Report on horse surra - Volume II, Part II
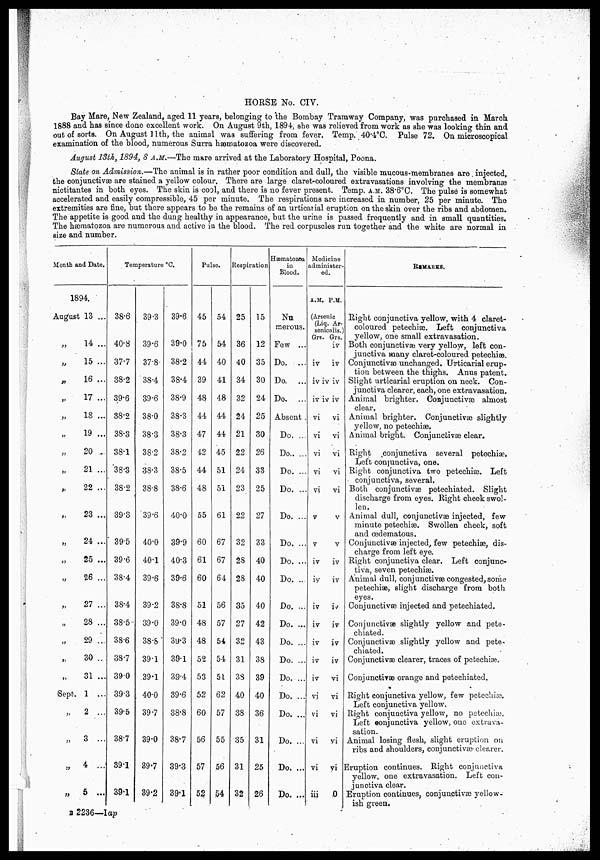
HORSE No. CIV.
Bay Mare, New Zealand, aged 11 years, belonging to the Bombay Tramway Company, was purchased in March
1888 and has since done excellent work. On August 9th, 1894, she was relieved from work as she was looking thin and
out of sorts. On August 11th, the animal was suffering from fever. Temp. 40.4°C. Pulse 72. On microscopical
examination of the blood, numerous Surra hæmatozoa were discovered.
August 13th, 1894, S A.M.—The mare arrived at the Laboratory Hospital, Poona.
State on Admission.—The animal is in rather poor condition and dull, the visible mucous-membranes are injected,
the conjunctivaæ are stained a yellow colour. There are large claret-coloured extravasations involving the membranæ
nictitantes in both eyes. The skin is cool, and there is no fever present. Temp. A.M. 38.6°C. The pulse is somewhat
accelerated and easily compressible, 45 per minute. The respirations are increased in number, 25 per minute. The
extremities are fine, but there appears to be the remains of an urticarial eruption on the skin over the ribs and abdomen.
The appetite is good and the dung healthy in appearance, but the urine is passed frequently and in small quantities.
The hæmatozoa are numerous and active in the blood. The red corpuscles run together and the white are normal in
size and number.
Month and Date.
1894.
August 13 ...
„
14 ...
„
15 ...
„
16 ...
„
17 ...
„
18 ...
19 ...
„
20 ...
„
21 ...
„ 22 ...
„
23 ...
„
24 ...
„
25 ...
26 ...
„
27 ...
„
28 ...
29 ...
„
30 ..
„
31 ...
Sept. 1 ...
„
2 ...
„
3 ...
„
4 ...
„
5 ...
Temperature °c.
38.6
40.8
37.7
38.2
39.6
38.2
38.3
38.1
38.3
38.2
39.3
39.5
39.6
38.4
38.4
38.5
38.6
38.7
390
39.3
39.5
38.7
39.1
39.1
39.3
39.6
37.8
38.4
39.6
38.0
38.3
38.2
38.3
38.8
39.6
40.0
40.1
39.6
39.2
39.0
38.8
39.1
39.1
40.0
39.7
39.0
39.7
39.2
39.6
39.0
38.2
38.4
38.9
38.3
38.3
38.2
38.5
38.6
40.0
39.9
40.3
39.6
38.8
39.0
39.3
39.1
3.9.4
39.6
38.8
38.7
39.3
39.1
Pulse.
45
75
44
39
48
44
47
42
44
48
55
60
61
60
51
48
48
52
53
52
60
56
57
52
54
54
40
41
48
44
44
45
51
51
61
67
67
64
56
57
54
54
51
62
57
55
56
54
Respiration
25
36
40
34
32
24
21
22
24
23
22
32
28
28
35
27
32
31
3S
40
38
35
31
32
15
12
35
30
24
25
30
26
33
25
27
33
40
40
40
42
43
38
39
40
36
31
25
26
Hæmatozoa
in
Blood.
rnerous.
Few ...
Do. ...
Do. ...
Do. ...
Absent .
Do. ...
Do
Do. ...
Do. ...
Do. ...
Do. ...
Do. ...
Do. ...
Do. ...
Do. ...
Do. ...
Do. ...
Do. ...
Do. ...
Do. ...
Do. ...
Do. ...
Do. ...
Medicine
administer-
ed
A.M. P.M.
(Arsenic
(Liq. Ar-
senicalis.)
Grs.
iv
Grs.
iv
iv
iv iv iv
iv iv iv
vi
vi
vi
vi
vi
V
V
iv
iy
iv
iv
iv
iv
iv
vi
vi
vi
vi
iii
vi
vi
vi
vi
vi
V
V
iv
iv
iv
iv
iv
iv
vi
vi
vi
vi
vi
0
REMARKS.
Right conjunctiva yellow, with 4 claret-
coloured petechiæ. Left conjunctiva
yellow, one small extravasation.
Both conjunctivæ very yellow, left con-
junctiva many claret-coloured petechiæ.
Conjunctivæ unchanged. Urticarial erup-
tion between the thighs. Anus patent.
Slight urticarial eruption on neck. Con-
junctiva clearer, each, one extravasation.
Animal brighter. Conjunctivas almost
clear,
Animal brighter. Conjunctivas slightly
yellow, no petechias.
Animal bright. Conjunctivæ clear.
Right conjunctiva several petechiæ.
Left conjunctiva, one.
Right conjunctiva two petechiæ. Left
conjunctiva, several.
Both conjunctivae petechiated. Slight
discharge from eyes. Right cheek swol-
len.
Animal dull, conjunctivae injected, few
minute petechiæ. Swollen cheek, soft
and œdematous.
Conjunctivæ injected, few petechiæ, dis-
charge from left eye.
Right conjunctiva clear. Left conjunc-
tiva, seven petechiæ.
Animal dull, conjunctivae congested, some
petechiæ, slight discharge from both
eyes.
Conjunctivæ injected and petechiated.
Conjunctivae slightly yellow and pete-
chiated.
Conjunctivae slightly yellow and pete-
ciliated.
Conjunctivae clearer, traces of petechias
Conjunctivae orange and petechiated.
Right conjunctiva yellow, few petechiæ.
Left conjunctiva yellow.
Right conjunctiva yellow, no petechiæ.
Left conjunctiva yellow, one extrava-
sation.
Animal losing flesh, slight eruption on
ribs and shoulders, conjunctivae- clearer.
Eruption continues. Right conjunctiva
yellow, one extravasation. Left con-
junctiva clear.
Eruption continues, conjunctivæ yellow-
ish green.
B 2236—1ap